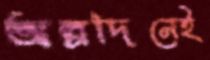
অল্পদিনেই